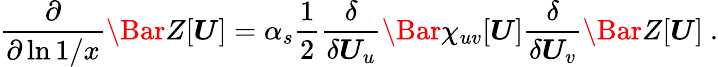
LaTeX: \frac{\partial}{\partial\ln 1/x}\Bar Z[\boldsymbol{U}]=\alpha_{s}\frac{1}{2}\frac{\delta}{\delta\boldsymbol{U}_{u}}\Bar\chi_{uv}[\boldsymbol{U}]\frac{\delta}{\delta\boldsymbol{U}_{v}}\Bar Z[\boldsymbol{U}]\ .